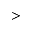
>